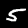
Digit: 5